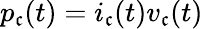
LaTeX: p_{\mathfrak{c}}(t)=i_{\mathfrak{c}}(t)v_{\mathfrak{c}}(t)